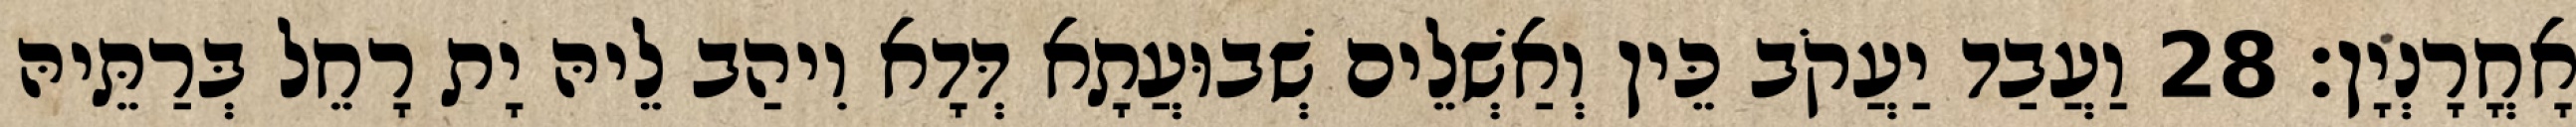
אָחֳרָנְיָן׃ 28 וַעֲבַד יַעֲקֹב כֵּין וְאַשְׁלֵים שְׁבוּעֲתָא דְּדָא וִיהַב לֵיהּ יָת רָחֵל בְּרַתֵּיהּ